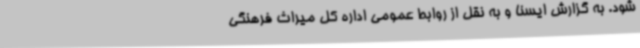
شود. به گزارش ایسنا و به نقل از روابط عمومی اداره کل میراث فرهنگی